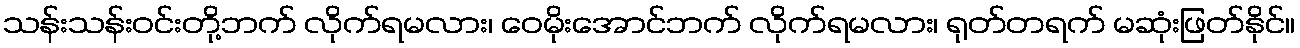
သန်းသန်းဝင်းတို့ဘက် လိုက်ရမလား၊ ဝေမိုးအောင်ဘက် လိုက်ရမလား၊ ရုတ်တရက် မဆုံးဖြတ်နိုင်။